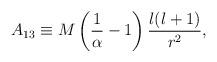
LaTeX: \begin{align*}A_{13} \equiv M \left({1\over \alpha}-1 \right){l(l+1)\over r^{2}},\end{align*}